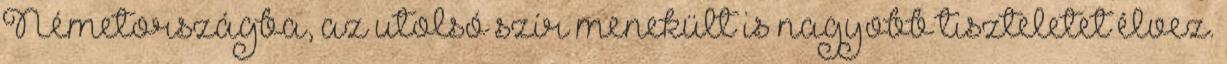
Németországba, az utolsó szír menekült is nagyobb tiszteletet élvez.